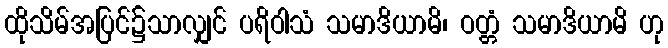
ထိုသိမ်အပြင်၌သာလျှင် ပရိဝါသံ သမာဒိယာမိ၊ ဝတ္တံ သမာဒိယာမိ ဟု